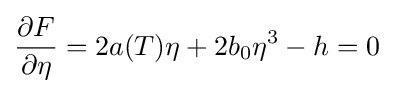
{\frac {\partial F}{\partial \eta }}=2a(T)\eta +2b_{0}\eta ^{3}-h=0